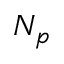
N _ { p }